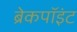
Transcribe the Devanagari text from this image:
ब्रेकपॉइंट